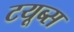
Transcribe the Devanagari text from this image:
टयूब्स